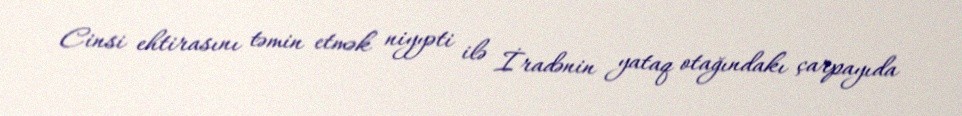
Cinsi ehtirasını təmin etmək niyyəti ilə İradənin yataq otağındakı çarpayıda